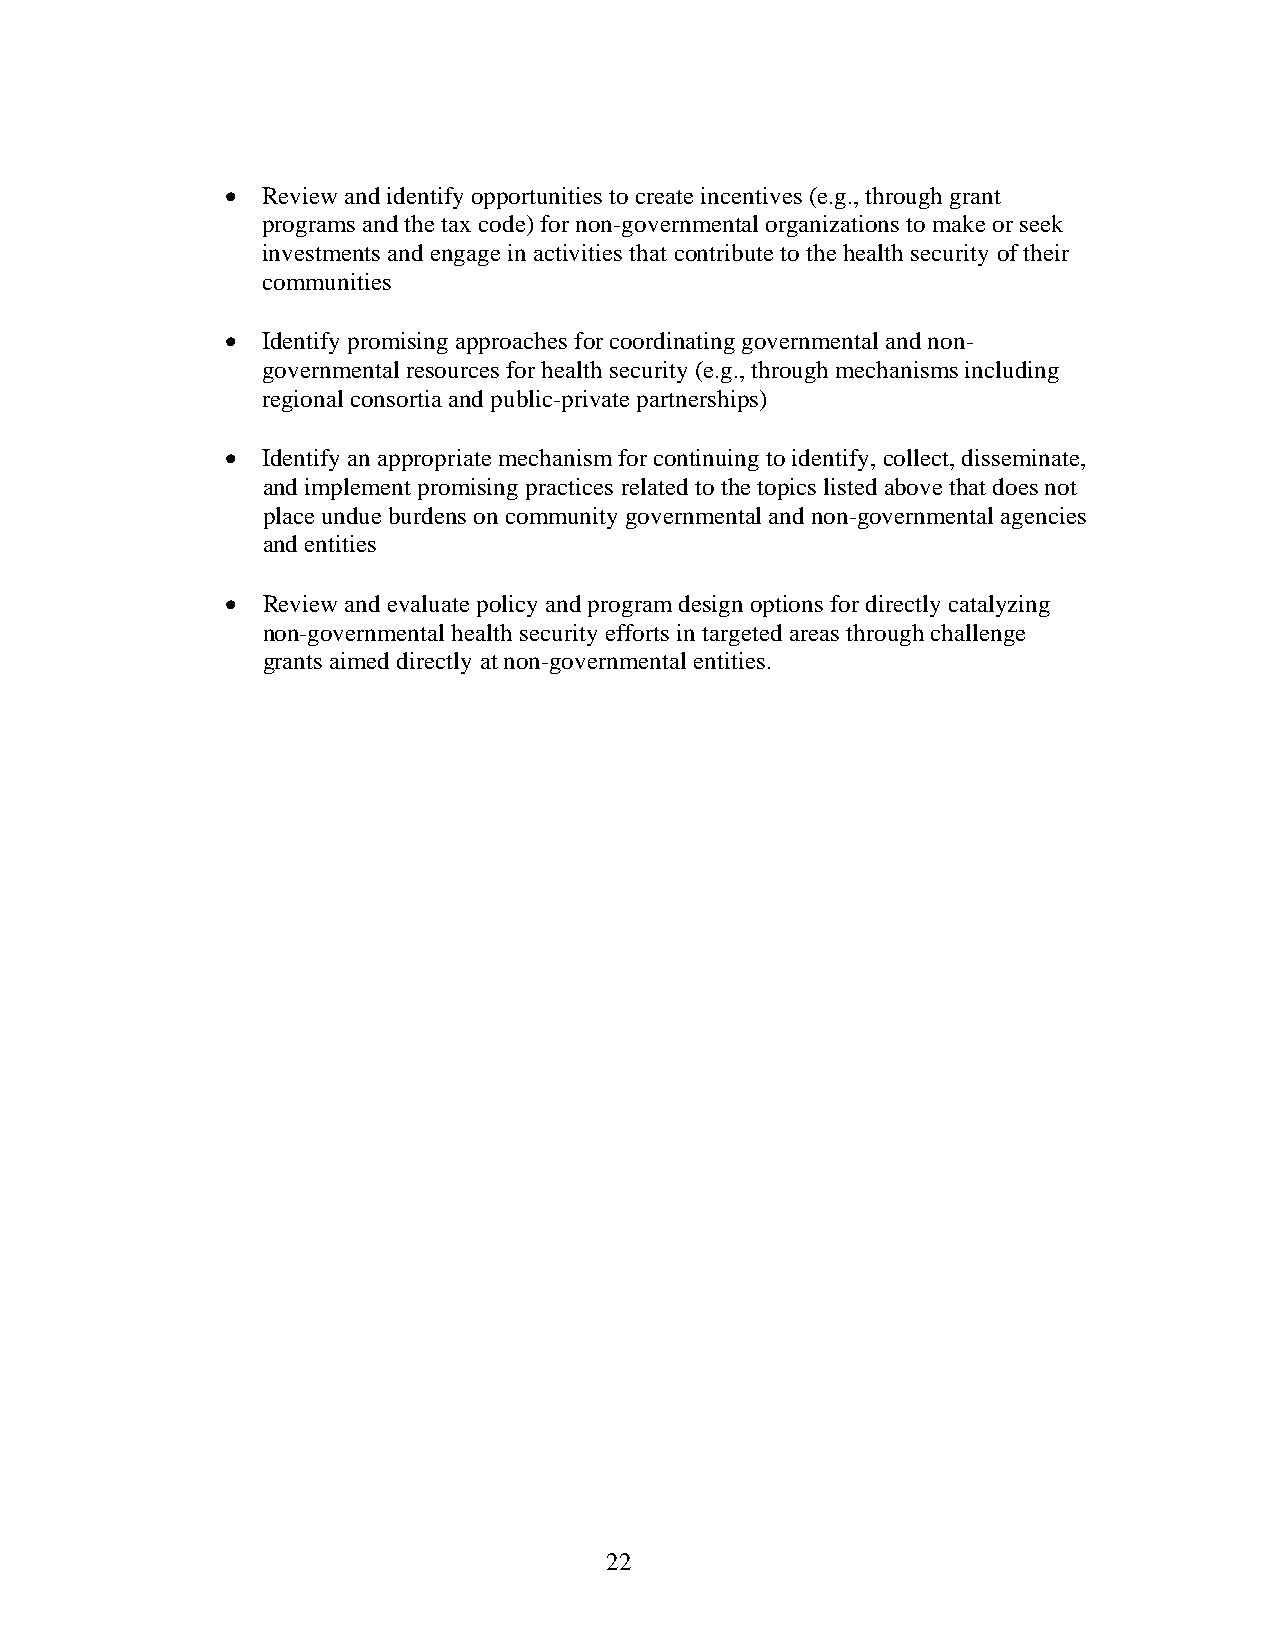
 Review and identify opportunities to create incentives (e.g., through grant
 programs and the tax code) for non-governmental organizations to make or seek
 investments and engage in activities that contribute to the health security of their
 communities
  Identify promising approaches for coordinating governmental and non-
 governmental resources for health security (e.g., through mechanisms including
 regional consortia and public-private partnerships)
  Identify an appropriate mechanism for continuing to identify, collect, disseminate,
 and implement promising practices related to the topics listed above that does not
 place undue burdens on community governmental and non-governmental agencies
 and entities
  Review and evaluate policy and program design options for directly catalyzing
 non-governmental health security efforts in targeted areas through challenge
 grants aimed directly at non-governmental entities.
 22